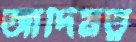
আদিমত্ব